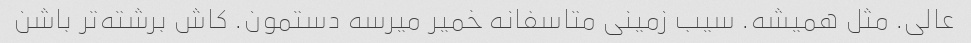
عالی. مثل همیشه. سیب زمینی متاسفانه خمیر میرسه دستمون. کاش برشته‌تر باشن